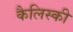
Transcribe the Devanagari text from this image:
कैलिस्की